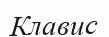
Клавис